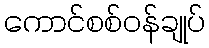
ကောင်စစ်ဝန်ချုပ်